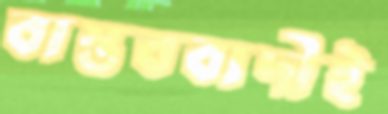
বাস্তববাদীই